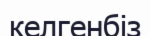
келгенбіз